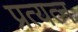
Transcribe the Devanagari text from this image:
प्रत्यत्न